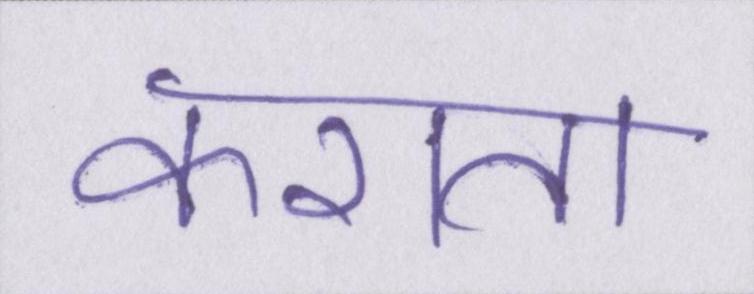
कराता